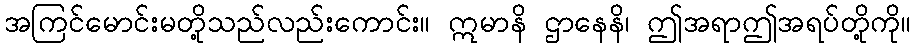
အကြင်မောင်းမတို့သည်လည်းကောင်း။ ဣမာနိ ဌာနေနိ၊ ဤအရာဤအရပ်တို့ကို။